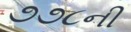
૭૭૮ની